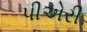
પીએરી